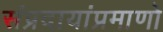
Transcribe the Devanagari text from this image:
संप्रदायांप्रमाणो